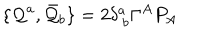
LaTeX: \{ { \cal Q } ^ { a } , \bar { { \cal Q } } _ { b } \} = 2 \delta _ { ~ b } ^ { a } \Gamma ^ { A } P _ { A }